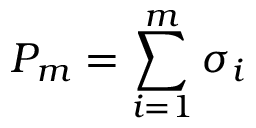
P _ { m } = \sum _ { i = 1 } ^ { m } \sigma _ { i }